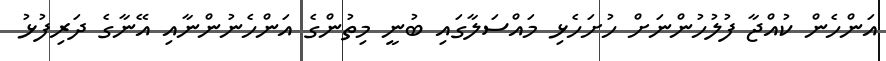
އަންހެން ކުއްޖާ ފުލުހުންނަށް ހުށަހެޅި މައްސަލާގައި ބުނީ މިތުންގެ އަންހެނުންނާއި އޭނާގެ ދަރިފުޅު